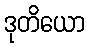
ဒုတိယော